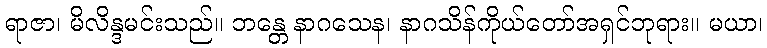
ရာဇာ၊ မိလိန္ဒမင်းသည်။ ဘန္တေ နာဂသေန၊ နာဂသိန်ကိုယ်တော်အရှင်ဘုရား။ မယာ၊